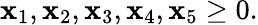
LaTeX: \mathbf{x}_{1},\mathbf{x}_{2},\mathbf{x}_{3},\mathbf{x}_{4},\mathbf{x}_{5}\geq0.